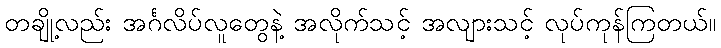
တချို့လည်း အင်္ဂလိပ်လူတွေနဲ့ အလိုက်သင့် အလျားသင့် လုပ်ကုန်ကြတယ်။